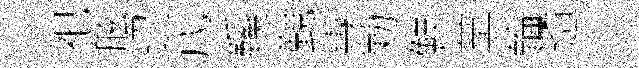
祀舷迢戊鞵覲專勦鮮黨輪遹